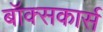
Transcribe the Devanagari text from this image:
बॉक्सकार्स